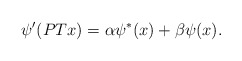
\begin{align*}\psi'(PT x)= \alpha \psi^*(x) +\beta \psi(x).\end{align*}